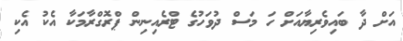
އަށް ދާ ބައިވެރިޔާއަށް ހަ މަސް ދުވަހުގެ ޓްރެއިނިން ޕްރޮގްރާމަކާ އެކު އެކި